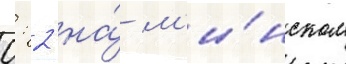
0: 2 на́ м'и́нском